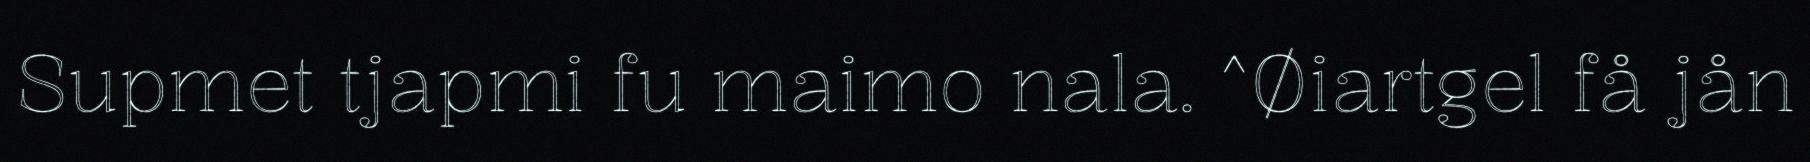
Supmet tjapmi fu maimo nala. ^Øiartgel få jån